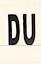
du